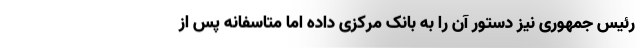
رئیس جمهوری نیز دستور آن را به بانک مرکزی داده اما متاسفانه پس از